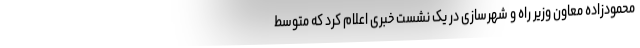
محمودزاده معاون وزیر راه و شهرسازی در یک نشست خبری اعلام کرد که متوسط